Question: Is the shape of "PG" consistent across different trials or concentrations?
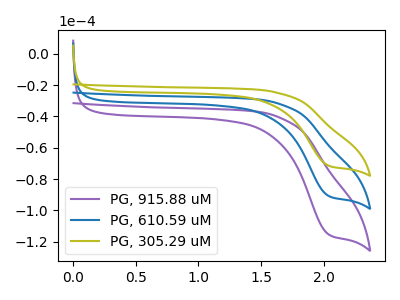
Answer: <think>The purple curve "PG, 915.88 uM" has a cathodic peak at: (2.05V, -181.40uA). The blue curve "PG, 610.59 uM" has a cathodic peak at: (2.05V, -90.70uA). The olive curve "PG, 305.29 uM" has a cathodic peak at: (2.05V, -71.35uA).
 All the peaks in "PG, 915.88 uM" have a peak in "PG, 610.59 uM" at the same potential. Every peak in "PG, 915.88 uM" is higher than every peak in "PG, 610.59 uM". All the peaks in "PG, 915.88 uM" have a peak in "PG, 305.29 uM" at the same potential. Every peak in "PG, 915.88 uM" is higher than every peak in "PG, 305.29 uM". All the peaks in "PG, 610.59 uM" have a peak in "PG, 305.29 uM" at the same potential. Every peak in "PG, 610.59 uM" is higher than every peak in "PG, 305.29 uM".</think>
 <answer>All the CV's of "PG" have similar shape.</answer>
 <eval>follow_rule</eval>